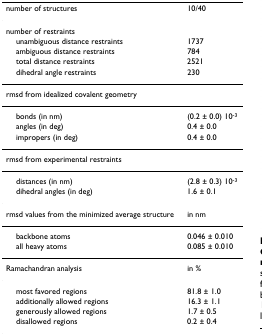
| number of structures | 10/40 |
 | --- | --- |
 | number of restraints |  |
 | unambiguous distance restraints | 1737 |
 | ambiguous distance restraints | 784 |
 | total distance restraints | 2521 |
 | dihedral angle restraints | 230 |
 | rmsd from idealized covalent geometry |  |
 | bonds (in nm) | (0.2 ± 0.0) 10-3 |
 | angles (in deg) | 0.4 ± 0.0 |
 | impropers (in deg) | 0.4 ± 0.0 |
 | rmsd from experimental restraints |  |
 | distances (in nm) | (2.8 ± 0.3) 10-3 |
 | dihedral angles (in deg) | 1.6 ± 0.1 |
 | rmsd values from the minimized average structure | in nm |
 | backbone atoms | 0.046 ± 0.010 |
 | all heavy atoms | 0.085 ± 0.010 |
 | Ramachandran analysis | in % |
 | most favored regions | 81.8 ± 1.0 |
 | additionally allowed regions | 16.3 ± 1.1 |
 | generously allowed regions | 1.7 ± 0.5 |
 | disallowed regions | 0.2 ± 0.4 |